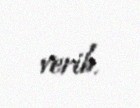
verib.